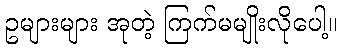
ဥများများ အုတဲ့ ကြက်မမျိုးလိုပေါ့။